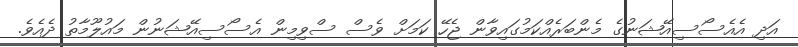
އަދި އެއެސޯސިއޭޝަނުގެ މެންބަރެއްކަމުގައިވާން ޖެހޭ ކަމަށް ވެސް ސްވިމިން އެސޯސިއޭޝަނުން މައުލޫމާތު ދެއެވެ.